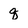
Character: q